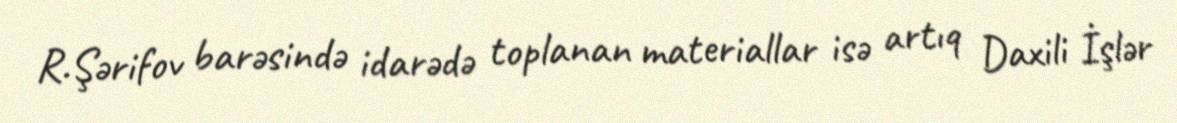
R.Şərifov barəsində idarədə toplanan materiallar isə artıq Daxili İşlər